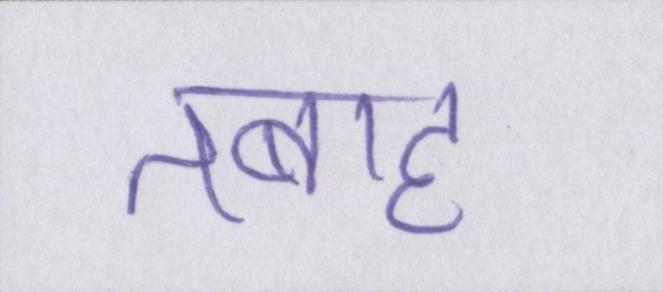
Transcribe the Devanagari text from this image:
तबाह